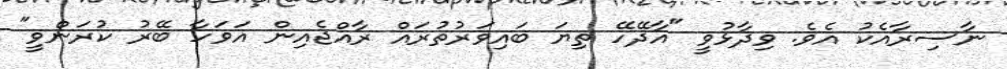
ނާސިރާއެކު އެވެ. ވިދާޅުވީ "އާދޭހޭ ތިޔަ ބައިވަރުތުރައް ރާއްޖެއިން އަވަހާ ބޭރު ކުރަންވީ"